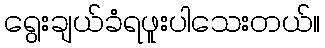
ရွေးချယ်ခံရဖူးပါသေးတယ်။